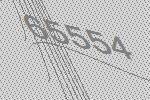
65554